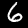
Digit: 6